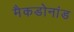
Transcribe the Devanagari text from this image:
मैकडोनांड